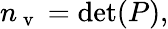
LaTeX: n_{\mathrm{~v~}}=\operatorname*{det}(P),